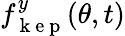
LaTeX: f_{\mathrm{~k~e~p~}}^{y}(\theta,t)